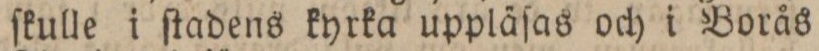
ſkulle i ſtadens kyrka uppläſas och i Borås